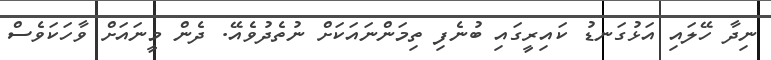
ނިދާ ހޭލައި އަޅުގަނޑު ކައިރީގައި ބުނެފި ތިމަންނައަކަށް ނުތެދުވެއޭ. ދެން މީނައަށް ވާހަކަވެސް